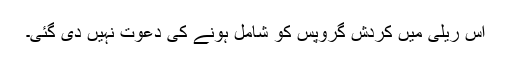
اس ریلی میں کردش گروپس کو شامل ہونے کی دعوت نہیں دی گئی۔